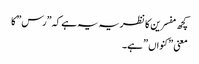
کچھ مفسرین کا نظریہ یہ ہے کہ ”رس” کا
معنی ”کنواں ” ہے۔